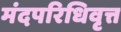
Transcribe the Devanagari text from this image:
मंदपरिधिवृत्त